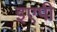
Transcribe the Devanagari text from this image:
इएपी